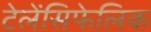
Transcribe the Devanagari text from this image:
टेलेंसिफेलिक